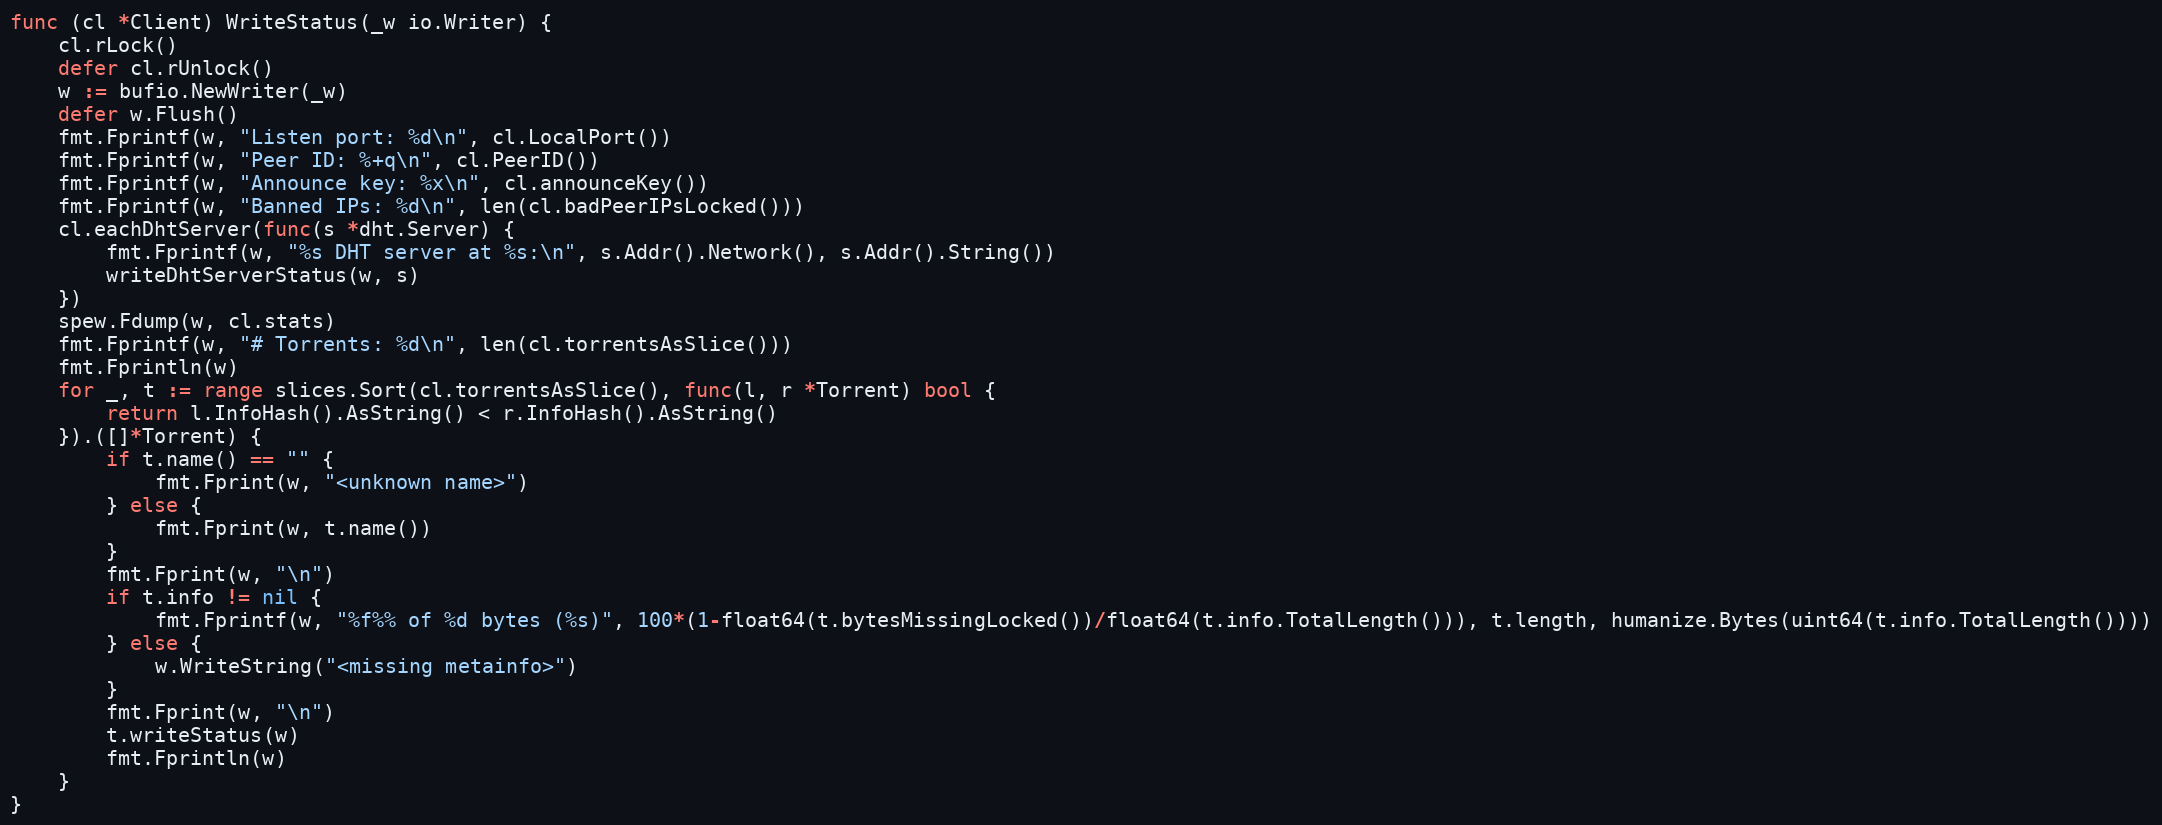
Language: Go
func (cl *Client) WriteStatus(_w io.Writer) {
	cl.rLock()
	defer cl.rUnlock()
	w := bufio.NewWriter(_w)
	defer w.Flush()
	fmt.Fprintf(w, "Listen port: %d\n", cl.LocalPort())
	fmt.Fprintf(w, "Peer ID: %+q\n", cl.PeerID())
	fmt.Fprintf(w, "Announce key: %x\n", cl.announceKey())
	fmt.Fprintf(w, "Banned IPs: %d\n", len(cl.badPeerIPsLocked()))
	cl.eachDhtServer(func(s *dht.Server) {
		fmt.Fprintf(w, "%s DHT server at %s:\n", s.Addr().Network(), s.Addr().String())
		writeDhtServerStatus(w, s)
	})
	spew.Fdump(w, cl.stats)
	fmt.Fprintf(w, "# Torrents: %d\n", len(cl.torrentsAsSlice()))
	fmt.Fprintln(w)
	for _, t := range slices.Sort(cl.torrentsAsSlice(), func(l, r *Torrent) bool {
		return l.InfoHash().AsString() < r.InfoHash().AsString()
	}).([]*Torrent) {
		if t.name() == "" {
			fmt.Fprint(w, "<unknown name>")
		} else {
			fmt.Fprint(w, t.name())
		}
		fmt.Fprint(w, "\n")
		if t.info != nil {
			fmt.Fprintf(w, "%f%% of %d bytes (%s)", 100*(1-float64(t.bytesMissingLocked())/float64(t.info.TotalLength())), t.length, humanize.Bytes(uint64(t.info.TotalLength())))
		} else {
			w.WriteString("<missing metainfo>")
		}
		fmt.Fprint(w, "\n")
		t.writeStatus(w)
		fmt.Fprintln(w)
	}
}